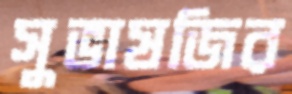
সুভাষজির